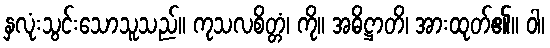
နှလုံးသွင်းသောသူသည်။ ကုသလစိတ္တံ၊ ကို။ အဓိဋ္ဌာတိ၊ အားထုတ်၏။ ဝါ၊